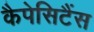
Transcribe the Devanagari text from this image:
कैपेसिटैंस